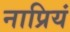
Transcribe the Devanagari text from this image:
नाप्रियं